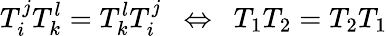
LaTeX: T_{i}^{j}T_{k}^{l}=T_{k}^{l}T_{i}^{j}\ \ \Leftrightarrow\ \ T_{1}T_{2}=T_{2}T_{1}